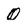
Character: O